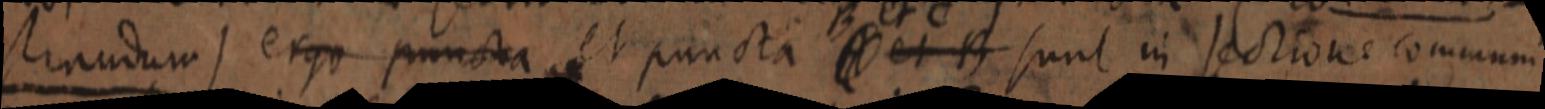
sinudum ergo puncta et puncta A et B sunt in sectione communi